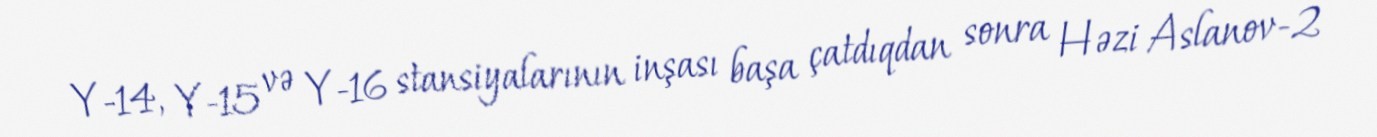
Y-14, Y-15 və Y-16 stansiyalarının inşası başa çatdıqdan sonra Həzi Aslanov-2